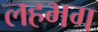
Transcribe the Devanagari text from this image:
लहभग